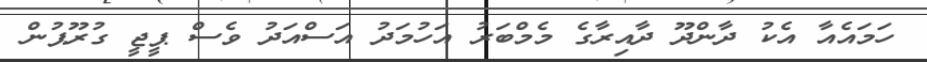
ހަމައެއާ އެކު ދާންދޫ ދާއިރާގެ މެމްބަރު އަހުމަދު އަސްއަދު ވެސް ޕީޖީ ގުރޫޕުން